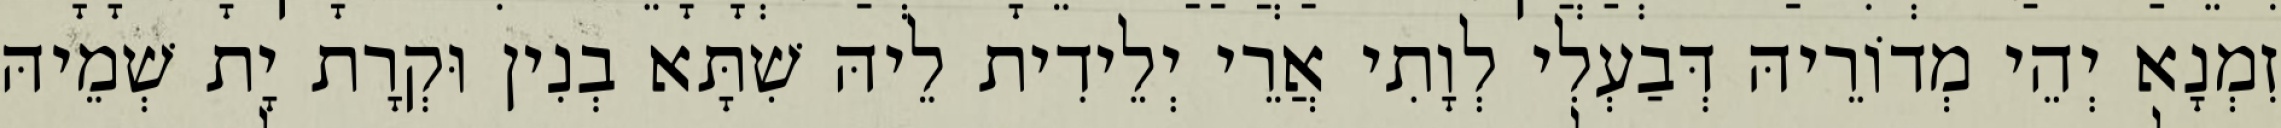
זִמְנָא יְהֵי מְדוֹרֵיהּ דְּבַעְלִי לְוָתִי אֲרֵי יְלֵידִית לֵיהּ שִׁתָּא בְנִין וּקְרָת יָת שְׁמֵיהּ